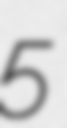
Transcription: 5